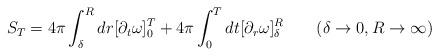
LaTeX: \begin{align*}S_T = 4\pi \int_{\delta}^R dr[\partial_t \omega ]_0^T + 4\pi \int_0^Tdt[\partial_r \omega ]_{\delta}^R \qquad (\delta \rightarrow 0, R\rightarrow \infty )\end{align*}